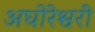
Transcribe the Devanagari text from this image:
अघोरेश्वरी